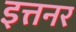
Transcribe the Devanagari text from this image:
इत्तनर